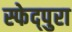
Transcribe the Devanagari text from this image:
स्फेद्पुरा